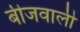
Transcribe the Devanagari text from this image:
बीजवाली